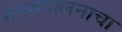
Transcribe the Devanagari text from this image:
मत्स्यपालनाचा